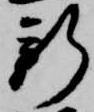
新